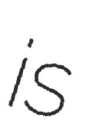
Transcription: is